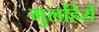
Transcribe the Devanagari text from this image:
गुलहिरो